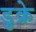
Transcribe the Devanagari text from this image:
डुक्रे